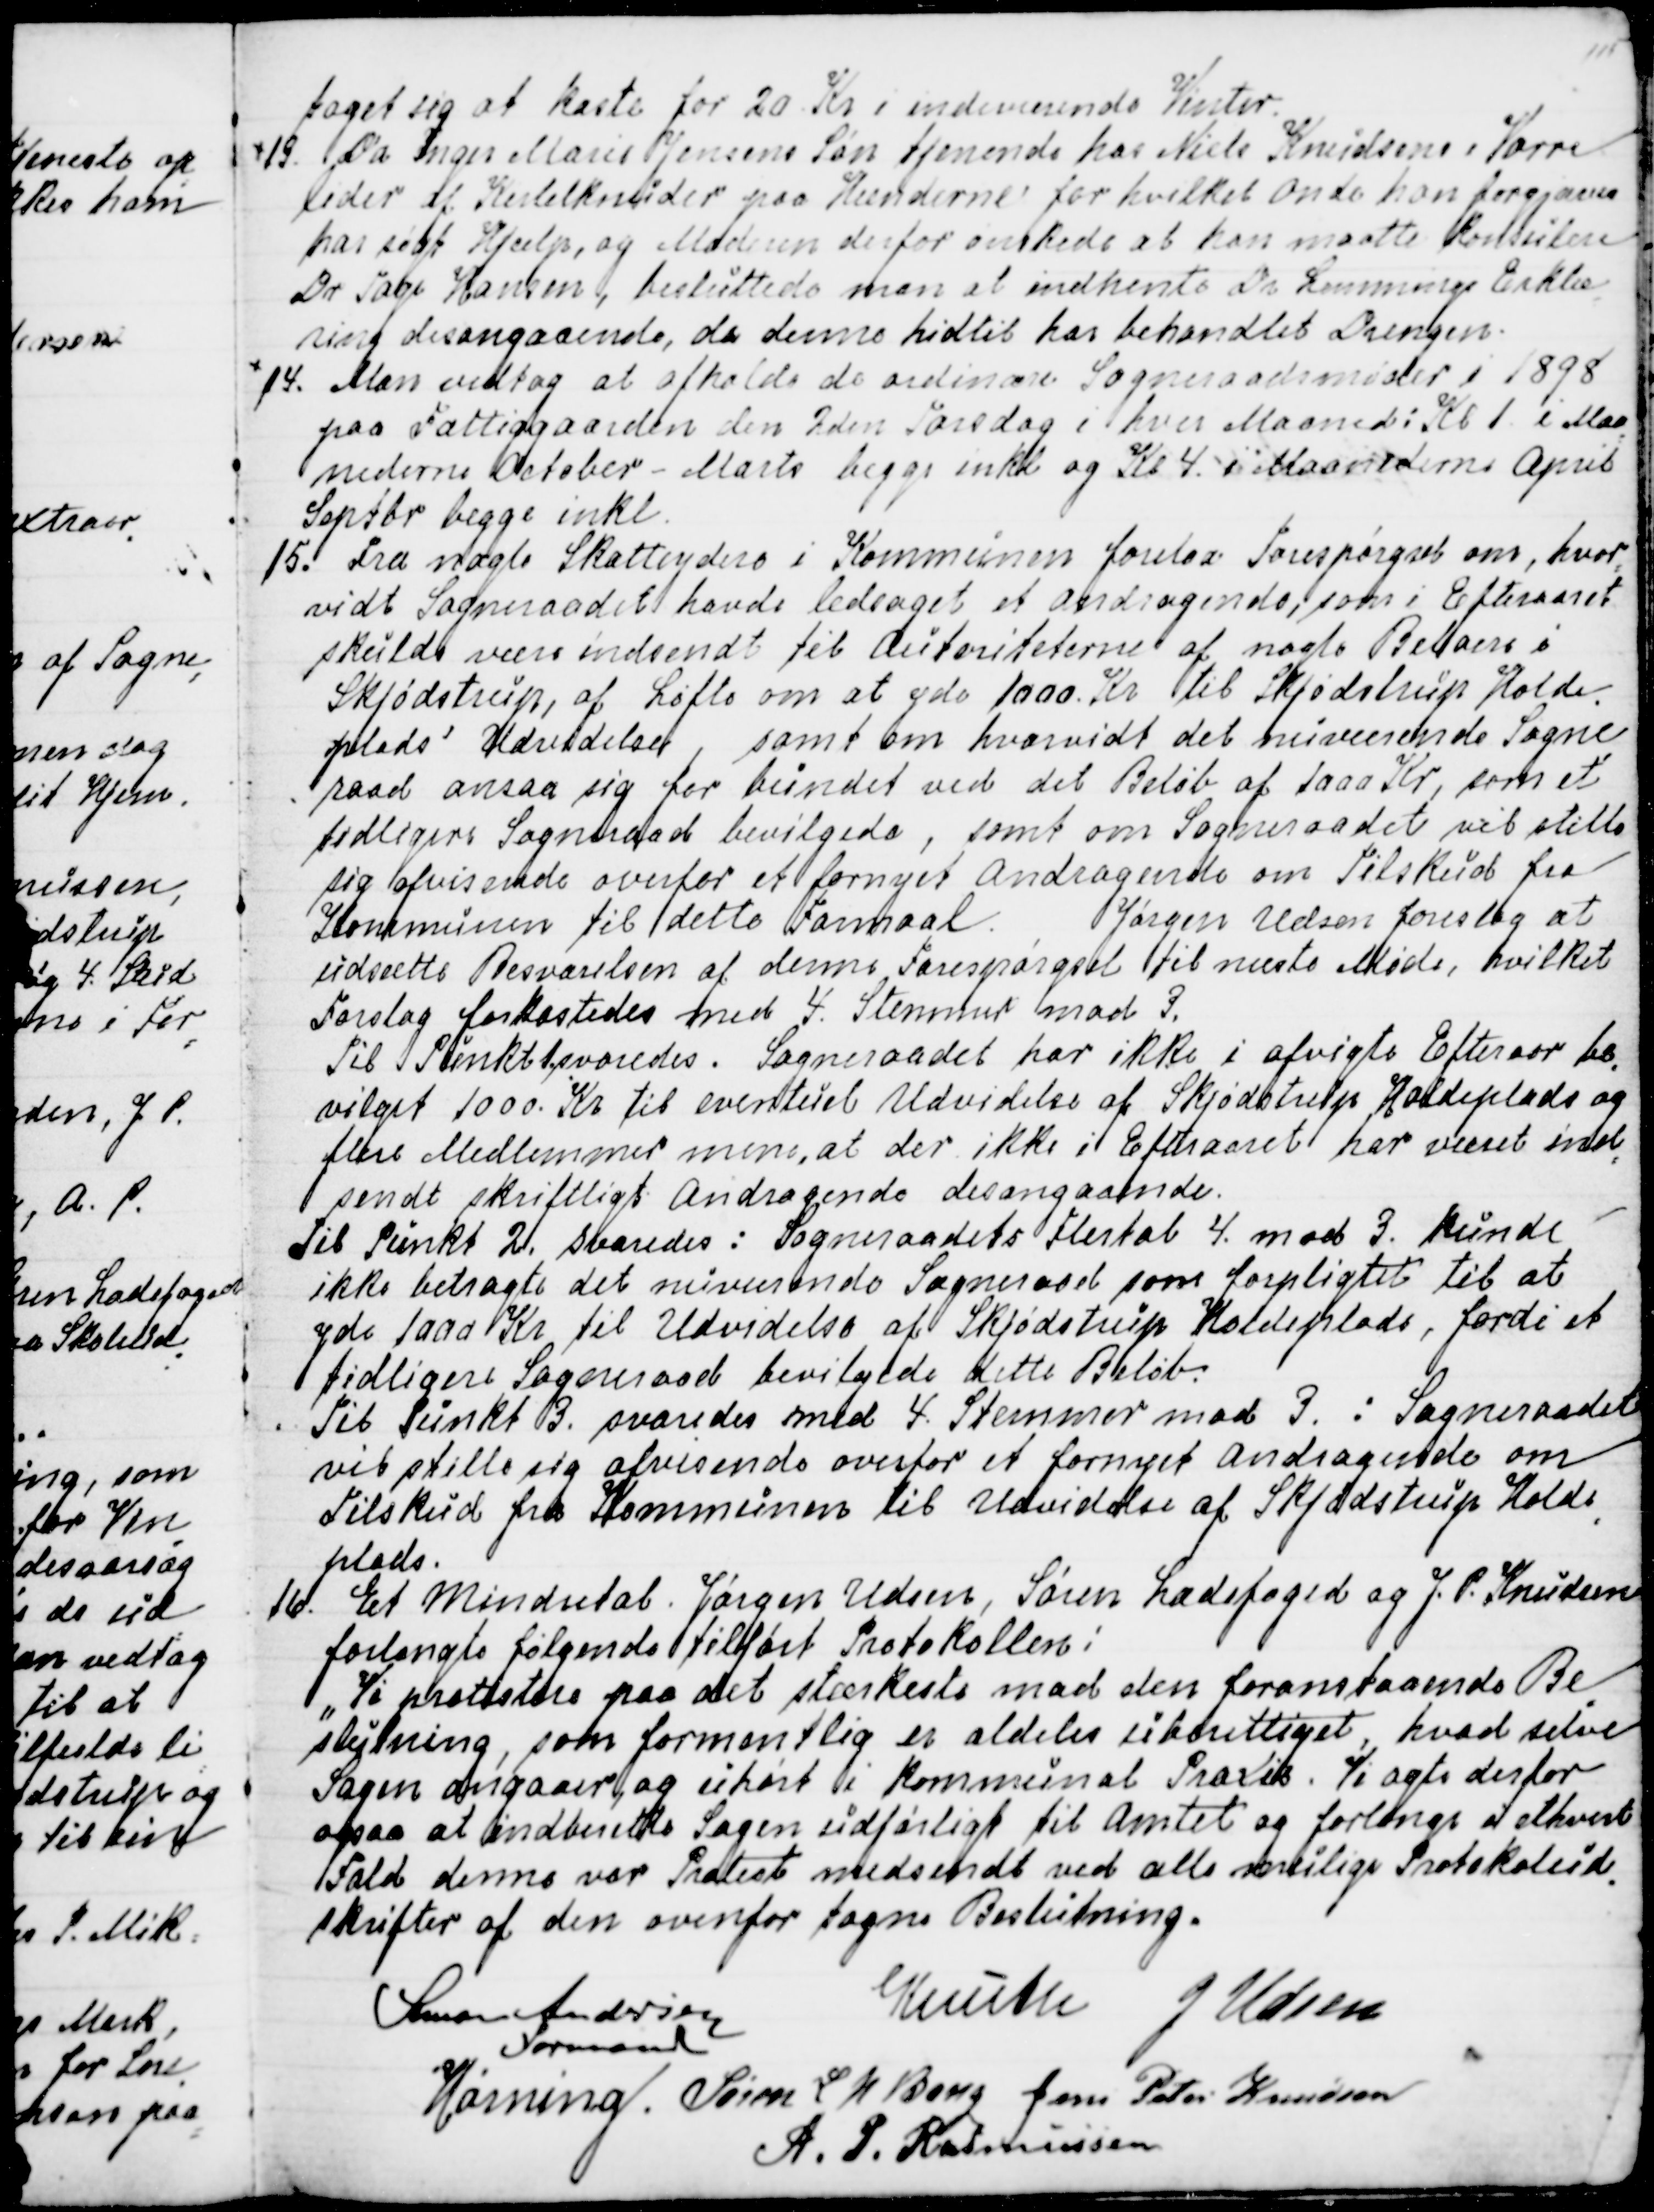
Transskription:
taget sig at kaste for 20 Kr i indeværende Vinter.
13. Da Inger Marie Jensens Søn tjenende hos Niels Knudsen i Vorre
lider af Kirtelknuder paa Hænderne for hvilket Onde han forgjæves
har søgt Hjælp, og Moderen derfor ønskede at han maatte konsultere
Dr Tage Hansen, besluttede man at indhente Dr Lemmings Erklæ
=
ring desangaaende, da denne hidtil har behandlet Drengen.
14. Man vedtog at afholde de ordinære Sogneraadsmøder i 1898
paa Fattiggaarden den 2den Torsdag i hver Maaned Kl 1. i Maa
=
nederne October - Marts begge inkl og Kl 4. i Maanederne April
Septbr begge inkl.
15. Fra nogle Skatteydere i Kommunen forelaa Forespørgsel om, hvor
=
vidt Sogneraadet havde ledsaget et Andragende, som i Efteraaret
skulde være indsendt til Autoriteterne af nogle Beboere i
Skjødstrup, af Løfte om at yde 1000 Kr til Skjødstrup Holde
=
plads' Udvidelse, samt om hvorvidt det nuværende Sogne
=
raad ansaa sig for bundet ved det Beløb af 1000 Kr, som et
tidligere Sogneraad bevilgede, samt om Sogneraadet vil stille
sig afvisende over et fornyet Andragende om Tilskud fra
Kommunen til dette Formaal. Jørgen Udsen foreslog at
udsætte Besvarelsen af denne Forespørgsel til næste Møde, hvilket
Forslag forkastedes med 4. Stemmer mod 3.
Til Punkt 1. svaredes. Sogneraadet har ikke i afvigte Efteraar be
=
vilget 1000. Kr til eventuel Udvidelse af Skjødstrup Holdeplads og
flere Medlemmer mener, at der ikke i Efteraaret har været ind
=
sendt skriftligt Andragende desangaaende.
Til Punkt 2. svaredes: Sogneraadets Flertal 4. mod 3. kunde
ikke betragte det nuværende Sogneraad som forpligtet til at
yde 1000 Kr til Udvidelse af Skjødstrup Holdeplads, fordi et
tidligere Sogneraad bevilgede dette Beløb.
Til Punkt 3. svaredes med 4. Stemmer mod 3. : Sogneraadet
vil stille sig afvisende overfor et fornyet Andragende om
Tilskud fra Kommunen til Udvidelse af Skjødstrup Holde
=
plads.
16. Et Mindretal. Jørgen Udsen, Søren Ladefoged og J. P. Knudsen
forlangte følgende tilført Protokollen:
" Vi protestere paa det stærkeste mod den foranstaaende Be
=
slutning, som formentlig er aldeles uberettiget, hvad selve
Sagen angaar, og uhørt i kommunal Praxis. Vi agte derfor
ogsaa at indberette Sagen udførligt til Amtet og forlange i ethvert
Fald denne vor Protest medsendt ved alle mulige Protokolud
=
skrifter af den ovenfor tagne Beslutning.
Simon Andersen
Formand
Knuth
J Udsen
Hørning.
Søren L N Bang
Jens Peter Knudsen
A. P. Rasmussen